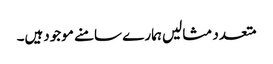
متعدد مثالیں ہمارے سامنے موجودہیں۔